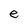
Character: e